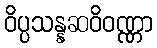
ဝိပ္ပသန္နဆဝိဝဏ္ဏာ